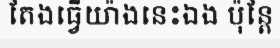
តែងធ្វើយ៉ាងនេះឯង ប៉ុន្តែ